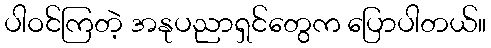
ပါဝင်ကြတဲ့ အနုပညာရှင်တွေက ပြောပါတယ်။